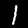
Label: 1